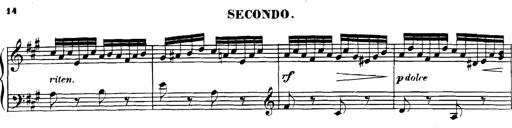
Title: Spinnerlied aus dem Fliegenden HollÃ¤nder
Composer: Franz Liszt